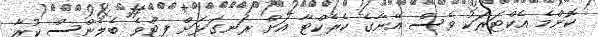
ކޮންމެ އެކްޓަރަކު ވެސް އޭނާގެ ކެރެކްޓާ އަށް ރަނގަޅަށް ފިޓްވެ ބެލެންސް ކުރާ